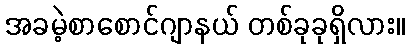
အခမဲ့စာစောင်ဂျာနယ် တစ်ခုခုရှိလား။